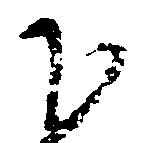
下